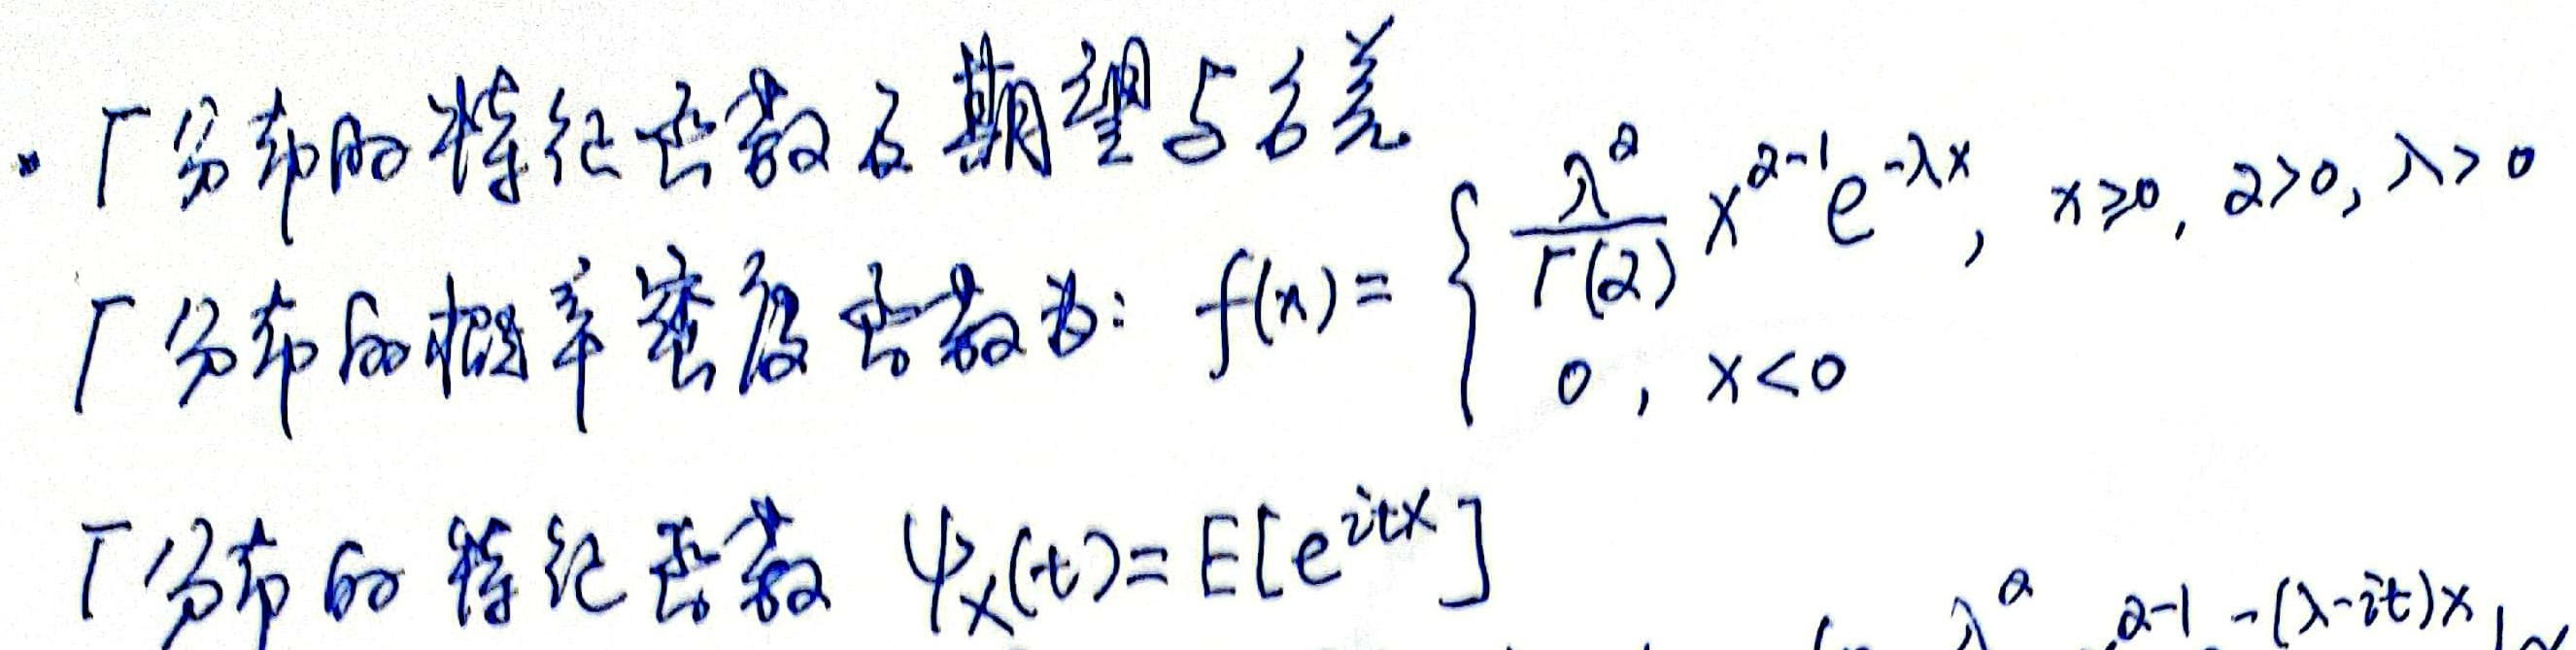
- $\Gamma$分布的特征函数及期望与方差
$\Gamma$分布的概率密度函数为：
\[
f(x)=\begin{cases}
\frac{\lambda^{\alpha}}{\Gamma(\alpha)}x^{\alpha - 1}e^{-\lambda x},&x\geq0,\alpha>0,\lambda>0\\
0,&x < 0
\end{cases}
\]
$\Gamma$分布的特征函数 $\psi_X(t)=\mathbb{E}[e^{itX}]$